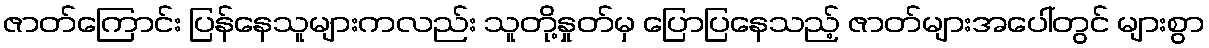
ဇာတ်ကြောင်း ပြန်နေသူများကလည်း သူတို့နှုတ်မှ ပြောပြနေသည့် ဇာတ်များအပေါ်တွင် များစွာ